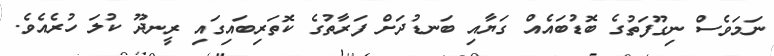
ނަމަވެސް ނިގޫފަތުގެ ބޮޑުބައެއް ގަޔާއި ބަނޑުދަށް ފަރާތުގެ ކޮތަރިބައިގައި ރީނދޫ ކުލަ ހުރެއެވެ.